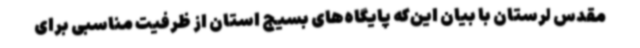
مقدس لرستان با بیان این‌که پایگاه‌های بسیج استان از ظرفیت مناسبی برای